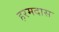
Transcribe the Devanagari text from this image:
हरमदास